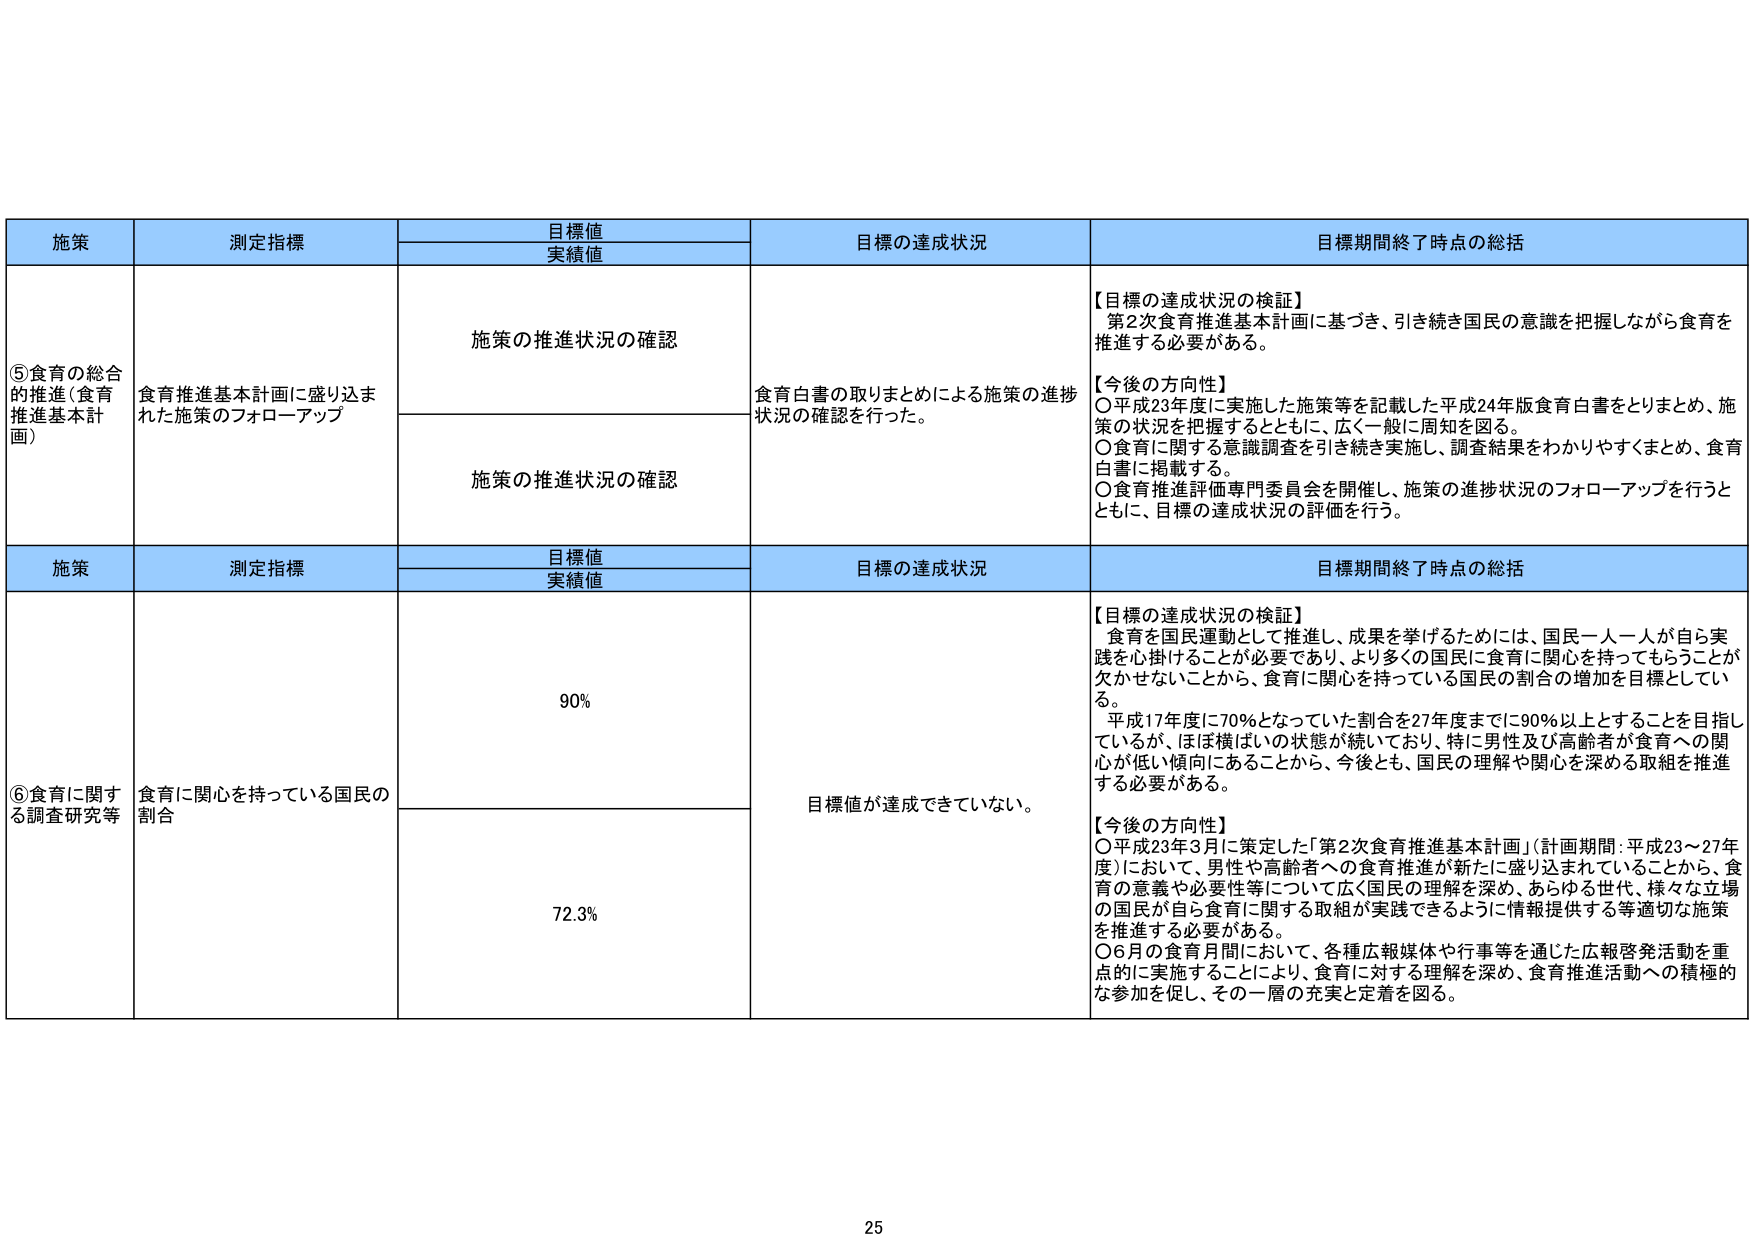
施策 測定指標 目標値 実績値 目標の達成状況 目標期間終了時点の総括
⑤食育の総合的推進（食育推進基本計画） 食育推進基本計画に盛り込まれた施策のフォローアップ 施策の推進状況の確認 食育白書の取りまとめによる施策の進捗状況の確認を行った。 【目標の達成状況の検証】 第2次食育推進基本計画に基づき、引き続き国民の意識を把握しながら食育を推進する必要がある。 【今後の方向性】 ○平成23年度に実施した施策等を記載した平成24年版食育白書をとりまとめ、施策の状況を把握するとともに、広く一般に周知を図る。 ○食育に関する意識調査を引き続き実施し、調査結果をわかりやすくまとめ、食育白書に掲載する。 ○食育推進評価専門委員会を開催し、施策の進捗状況のフォローアップを行うとともに、目標の達成状況の評価を行う。
施策 測定指標 目標値 実績値 目標の達成状況 目標期間終了時点の総括
⑥食育に関する調査研究等 食育に関心を持っている国民の割合 90% 目標値が達成できていない。 【目標の達成状況の検証】 食育を国民運動として推進し、成果を挙げるためには、国民一人一人が自ら実践を心掛けることが必要であり、より多くの国民に食育に関心を持ってもらうことが欠かせないことから、食育に関心を持っている国民の割合の増加を目標としている。 平成17年度に70%となっていた割合を27年度までに90%以上とすることを目指しているが、ほぼ横ばいの状態が続いており、特に男性及び高齢者が食育への関心が低い傾向にあることから、今後とも、国民の理解や関心を深める取組を推進する必要がある。 【今後の方向性】 ○平成23年3月に策定した「第2次食育推進基本計画」（計画期間：平成23～27年度）において、男性や高齢者への食育推進が新たに盛り込まれていることから、食育の意義や必要性等について広く国民の理解を深め、あらゆる世代、様々な立場の国民が自ら食育に関する取組が実践できるように情報提供する等適切な施策を推進する必要がある。 ○6月の食育月間において、各種広報媒体や行事等を通じた広報啓発活動を重点的に実施することにより、食育に対する理解を深め、食育推進活動への積極的な参加を促し、その一層の充実と定着を図る。
72.3%
25